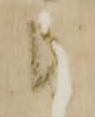
も